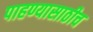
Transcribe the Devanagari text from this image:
पाहण्यासाठीच